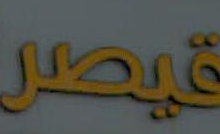
قيصر